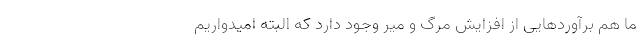
ما هم برآوردهایی از افزایش مرگ و میر وجود دارد که البته امیدواریم